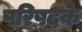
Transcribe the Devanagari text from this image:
परिषदके